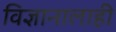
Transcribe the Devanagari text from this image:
विज्ञानालाही